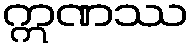
ဣဏဿ